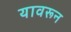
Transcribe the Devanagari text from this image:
यावरून